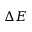
\Delta E